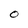
Character: O